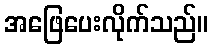
အဖြေပေးလိုက်သည်။